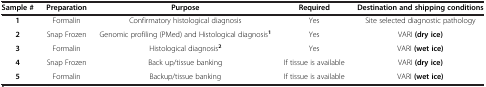
| Sample # | Preparation | Purpose | Required | Destination and shipping conditions |
 | --- | --- | --- | --- | --- |
 | 1 | Formalin | Confirmatory histological diagnosis | Yes | Site selected diagnostic pathology |
 | 2 | Snap Frozen | Genomic profiling (PMed) and Histological diagnosis1 | Yes | VARI (dry ice) |
 | 3 | Formalin | Histological diagnosis2 | Yes | VARI (wet ice) |
 | 4 | Snap Frozen | Back up/tissue banking | If tissue is available | VARI (dry ice) |
 | 5 | Formalin | Backup/tissue banking | If tissue is available | VARI (wet ice) |